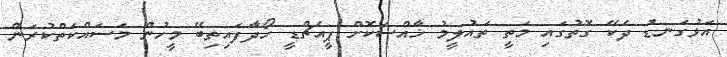
އަޅުގަނޑު ދެކޭ ގޮތުގައި މަތީ ތައުލީމު ޚާއްސަކޮށް ޕީއެޗްޑީ ހޯދާފައިތިބޭ މީހުން މަސައްކަތްކުރަން